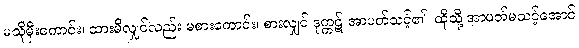
မသိုမှီးကောင်း၊ ထားမိလျှင်လည်း မစားကောင်း၊ စားလျှင် ဒုက္ကဋ် အာပတ်သင့်၏၊ ထိုသို့ အာပတ်မသင့်အောင်